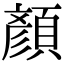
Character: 顏